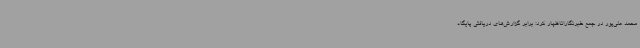
محمد علی‌پور در جمع خبرنگاراناظهار کرد: برابر گزارش‌های دریافتی پایگاه